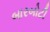
બારબોટી